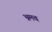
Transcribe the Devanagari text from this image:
भ्रमच